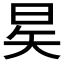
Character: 𪰖